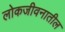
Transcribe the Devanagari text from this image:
लोकजीवनातील